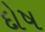
દોષ